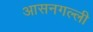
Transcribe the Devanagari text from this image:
आसनगल्ली